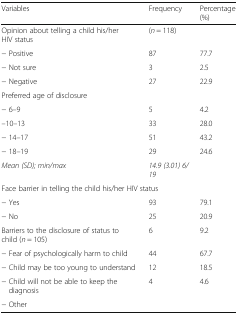
| Variables | Frequency | Percentage (%) |
 | --- | --- | --- |
 | Opinion about telling a child his/her HIV status | (n = 118) |  |
 | − Positive | 87 | 77.7 |
 | − Not sure | 3 | 2.5 |
 | − Negative | 27 | 22.9 |
 | <COLSPAN=3> Preferred age of disclosure |
 | − 6–9 | 5 | 4.2 |
 | –10–13 | 33 | 28.0 |
 | − 14–17 | 51 | 43.2 |
 | − 18–19 | 29 | 24.6 |
 | Mean (SD); min/max | 14.9 (3.01) 6/19 |  |
 | <COLSPAN=3> Face barrier in telling the child his/her HIV status |
 | − Yes | 93 | 79.1 |
 | − No | 25 | 20.9 |
 | Barriers to the disclosure of status to child (n = 105) | 6 | 9.2 |
 | − Fear of psychologically harm to child | 44 | 67.7 |
 | − Child may be too young to understand | 12 | 18.5 |
 | − Child will not be able to keep the diagnosis | 4 | 4.6 |
 | − Other |  |  |